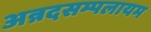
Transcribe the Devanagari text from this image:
अन्नदसम्पलायम